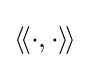
\langle \!\langle \cdot ,\cdot \rangle \!\rangle